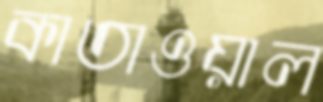
কাতাওয়াল